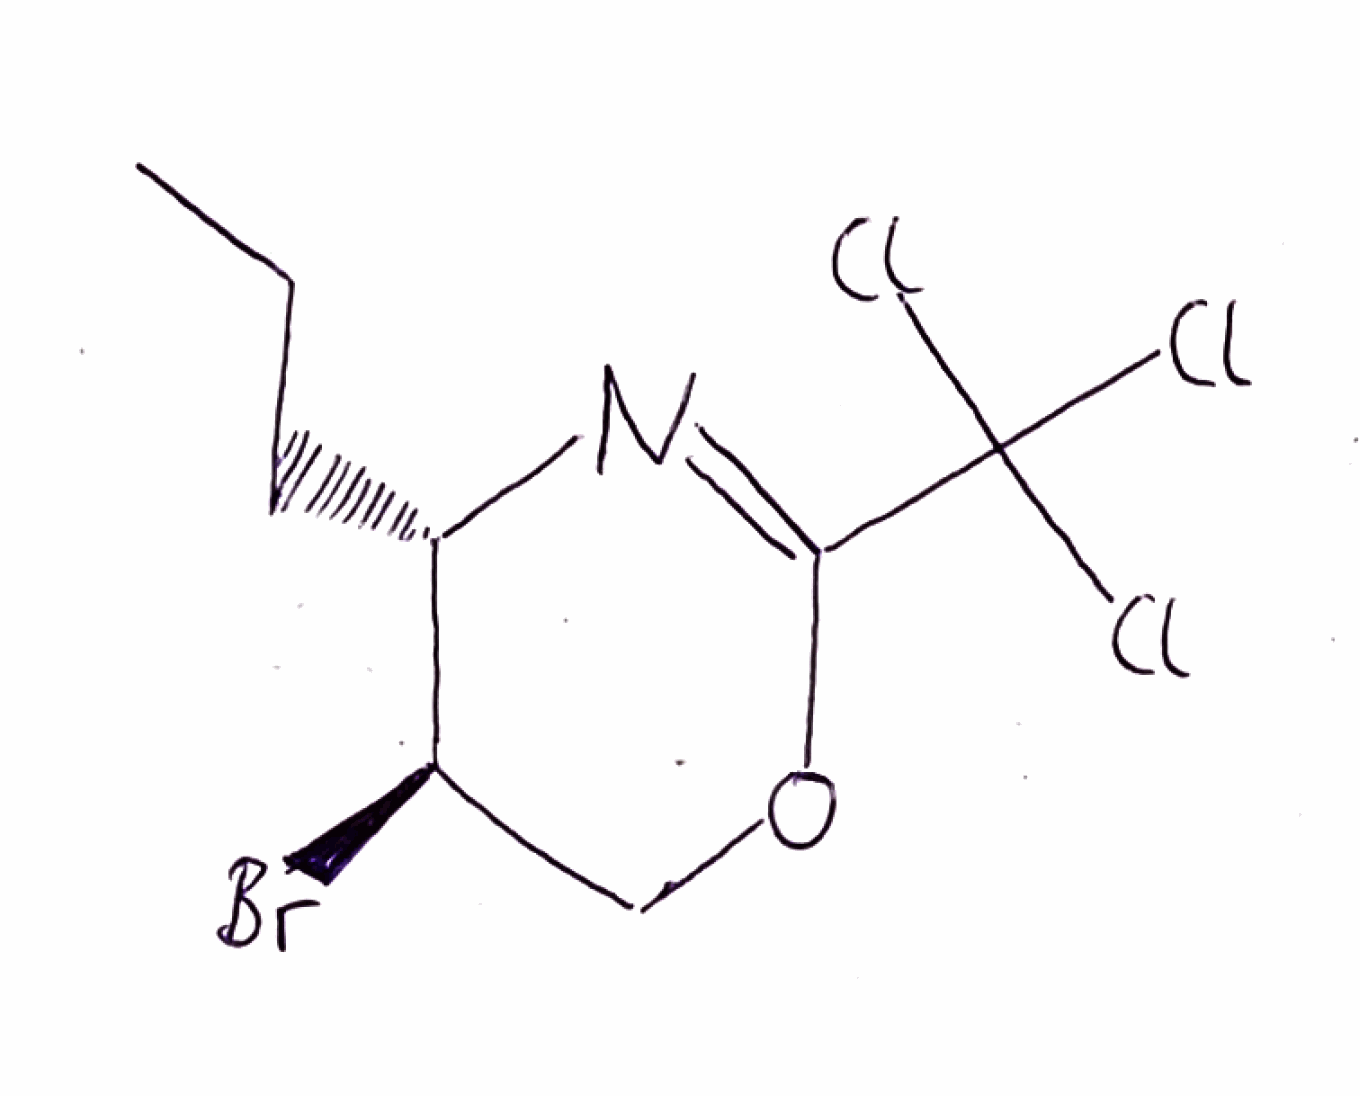
Simplified molecular-input line-entry system (SMILES) notation of the given molecule:
CCC[C@H]1[C@@H](COC(=N1)C(Cl)(Cl)Cl)Br